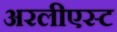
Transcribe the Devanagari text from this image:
अरलीएस्ट